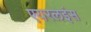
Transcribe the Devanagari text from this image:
एयरलइंस